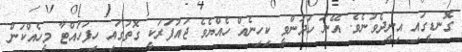
ގޮނޑީގައި އިށީދެވުނެވެ. އޭނަ ހަދަންވީ ކިހިނެއް ހެއްޔެވެ ޖައުފަރަކީ ގޮތުގައި ހިފަހައްޓާ މީހެއްކަން